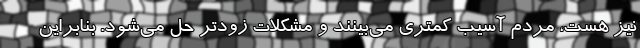
نیز هست، مردم آسیب کمتری می‌بینند و مشکلات زودتر حل می‌شود. بنابراین